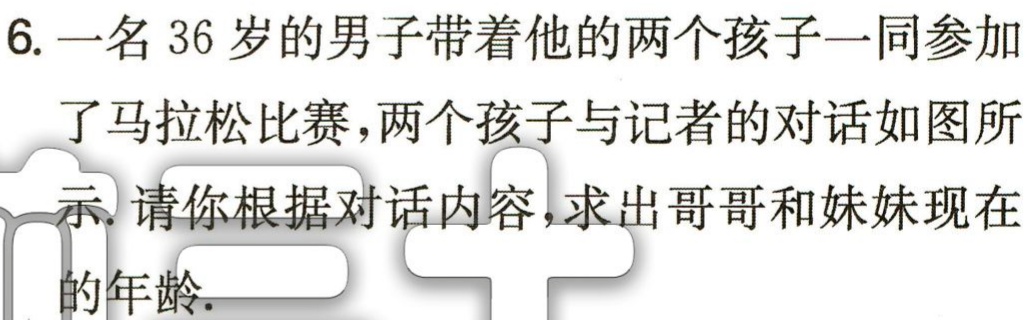
6. 一名 36 岁的男子带着他的两个孩子一同参加

了马拉松比赛，两个孩子与记者的对话如图所

示. 请你根据对话内容，求出哥哥和妹妹现在

的年龄.